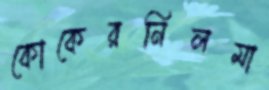
কোকেরনিলমা